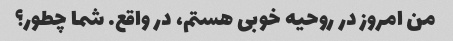
من امروز در روحیه خوبی هستم، در واقع. شما چطور؟